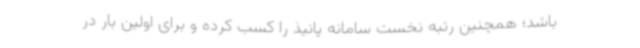
باشد؛ همچنین رتبه نخست سامانه پانیذ را کسب کرده و برای اولین بار در